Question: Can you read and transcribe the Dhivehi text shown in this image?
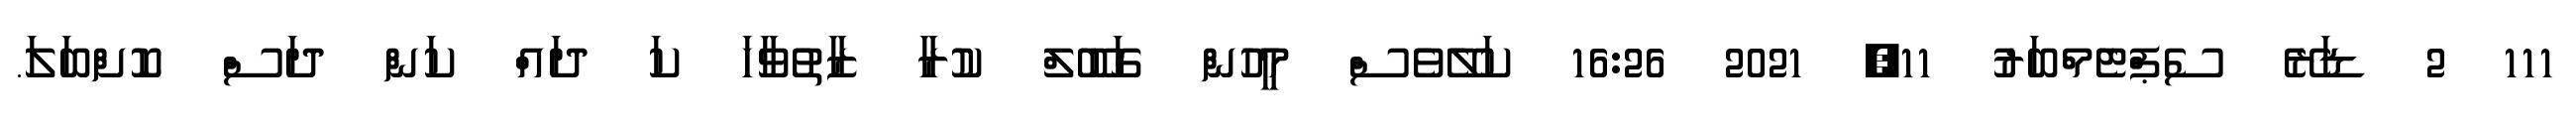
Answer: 111 2 ޑަރޭ ސެޕްޓެމްބަރު 11, 2021 16:26 ކަލޭވެސް މީހުން ގަބޫލް ކުރާ ޒާތުވާހަ ކަ ދައް ކަން ދަސް ކޮށްބަލަ.